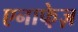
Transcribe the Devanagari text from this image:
एनाफे़ज़